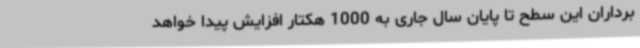
برداران این سطح تا پایان سال جاری به 1000 هکتار افزایش پیدا خواهد